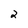
Character: 2